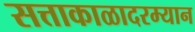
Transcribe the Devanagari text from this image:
सत्ताकाळादरम्यान